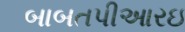
બાબતપીઆરઇ